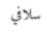
سلافي